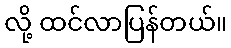
လို့ ထင်လာပြန်တယ်။